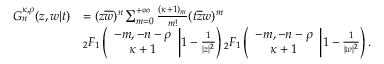
\begin{array} { r l } { G _ { n } ^ { \kappa , \rho } ( z , w | t ) } & { = ( z \overline { { w } } ) ^ { n } \sum _ { m = 0 } ^ { + \infty } \frac { ( \kappa + 1 ) _ { m } } { m ! } ( t \overline { { z } } w ) ^ { m } } \\ & { { _ 2 F _ { 1 } } \left( \begin{array} { c } { - m , - n - \rho } \\ { \kappa + 1 } \end{array} \bigg | 1 - \frac { 1 } { | z | ^ { 2 } } \right) { _ 2 F _ { 1 } } \left( \begin{array} { c } { - m , - n - \rho } \\ { \kappa + 1 } \end{array} \bigg | 1 - \frac { 1 } { | w | ^ { 2 } } \right) . } \end{array}